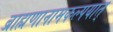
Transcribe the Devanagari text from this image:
ब्राह्मणानामकल्पयात्‌